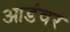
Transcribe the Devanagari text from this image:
आडंवर